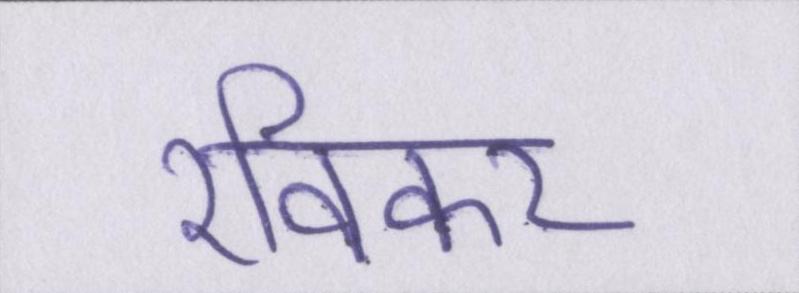
रविकर